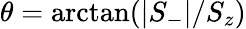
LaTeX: \theta=\arctan(\lvert S_{-}\rvert/S_{z})